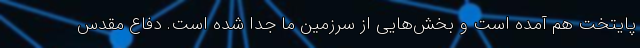
پایتخت هم آمده است و بخش‌هایی از سرزمین ما جدا شده است. دفاع مقدس